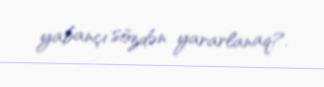
yabançı sözdən yararlanaq?.